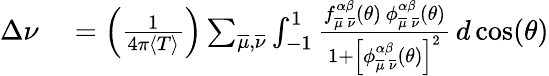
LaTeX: \begin{array}{rl}{\Delta\nu}&{{}=\left(\frac{1}{4\pi\langle T\rangle}\right)\sum_{\overline{{\mu}},\overline{{\nu}}}\int_{-1}^{1}\frac{f_{\overline{{\mu}}\, \overline{{\nu}}}^{\alpha\beta}(\theta)\, \phi_{\overline{{\mu}}\, \overline{{\nu}}}^{\alpha\beta}(\theta)}{1+\left[\phi_{\overline{{\mu}}\, \overline{{\nu}}}^{\alpha\beta}(\theta)\right]^{2}}\, d\cos(\theta)}\end{array}